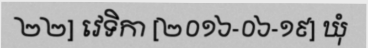
២២] វេទិកា [២០១៦-០៦-១៩] ឃុំ